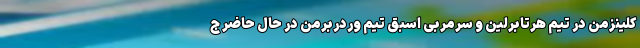
کلینزمن در تیم هرتابرلین و سرمربی اسبق تیم وردربرمن در حال حاضر ج